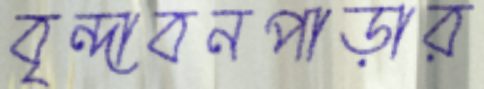
বৃন্দাবনপাড়ার